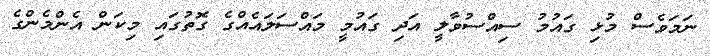
ނަމަވެސް މުޅި ގައުމު ސިއްސުވާލީ އަދި ގައުމީ މައްސަލައެއްގެ ގޮތުގައި މިކަން އެންމެންގެ